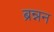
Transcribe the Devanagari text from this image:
ब्रन्नन